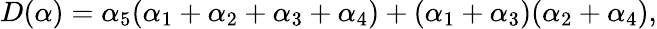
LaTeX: D(\alpha)=\alpha_{5}(\alpha_{1}+\alpha_{2}+\alpha_{3}+\alpha_{4})+(\alpha_{1}+\alpha_{3})(\alpha_{2}+\alpha_{4}),